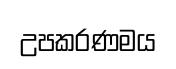
උපකරණමය